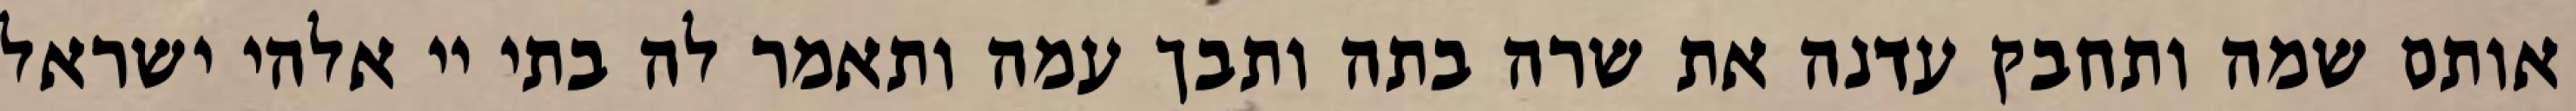
אותם שמה ותחבק עדנה את שרה בתה ותבך עמה ותאמר לה בתי יי אלהי ישראל